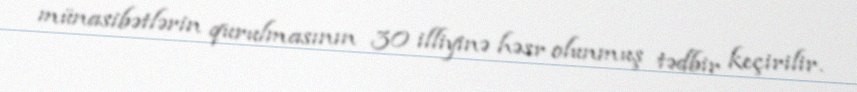
münasibətlərin qurulmasının 30 illiyinə həsr olunmuş tədbir keçirilir.